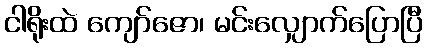
ငါရိုးထဲ ကျော်ဇော၊ မင်းလျှောက်ပြောပြီ